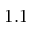
1 . 1